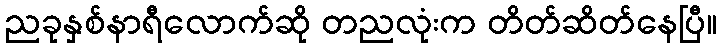
ညခုနှစ်နာရီလောက်ဆို တညလုံးက တိတ်ဆိတ်နေပြီ။